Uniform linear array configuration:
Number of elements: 12
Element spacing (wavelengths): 1
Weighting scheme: binomial
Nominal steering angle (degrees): -60
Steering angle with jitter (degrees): -59.004
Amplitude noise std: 0.05
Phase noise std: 0.05

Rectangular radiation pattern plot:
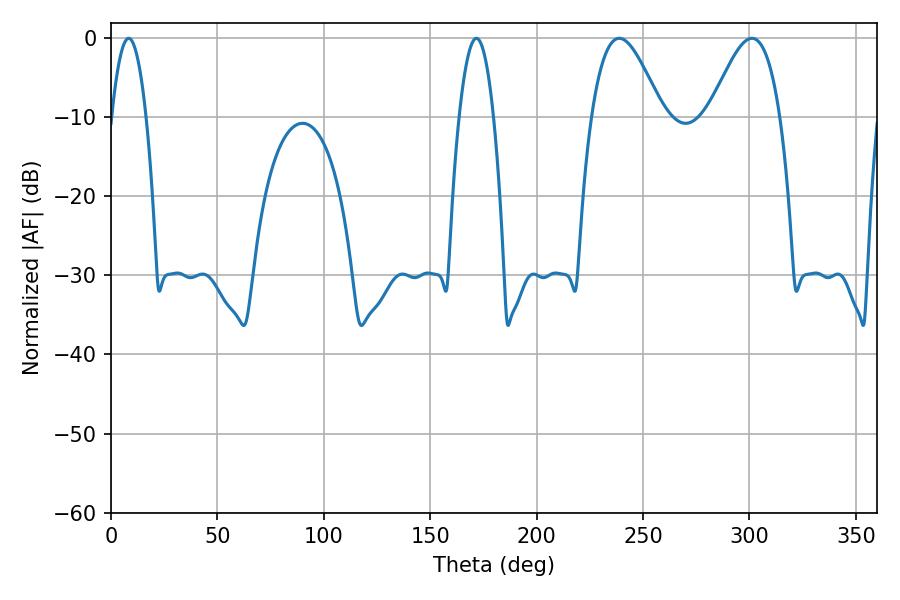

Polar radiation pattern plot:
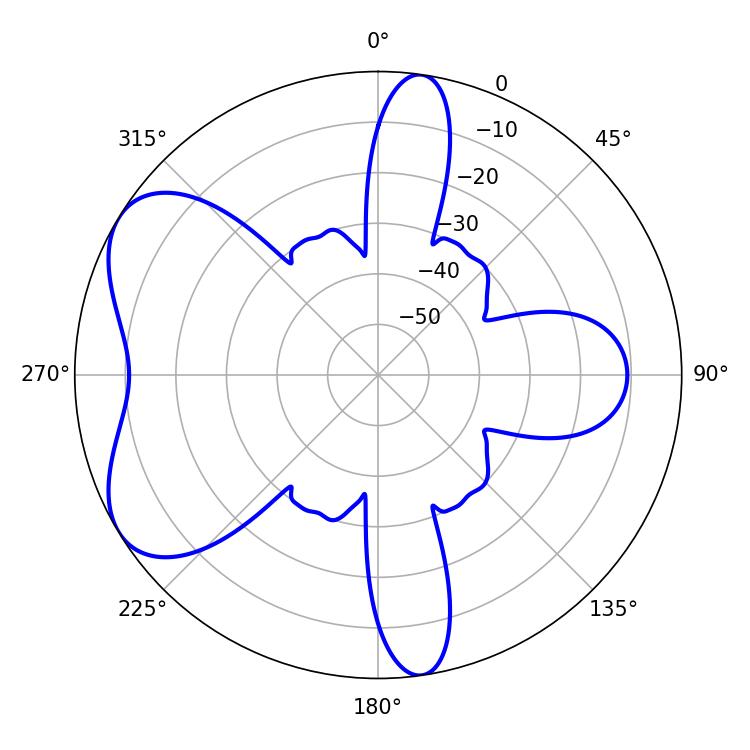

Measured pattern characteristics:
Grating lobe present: TRUE
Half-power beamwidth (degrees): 17.82
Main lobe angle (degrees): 238.86